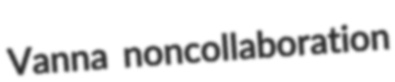
Vanna noncollaboration